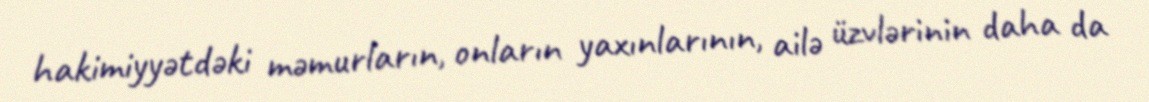
hakimiyyətdəki məmurların, onların yaxınlarının, ailə üzvlərinin daha da